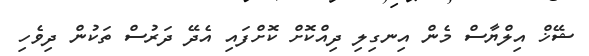
ޝޭޚް އިލްޔާސް މެން އިނގިލި ދިއްކޮށް ކޮށްފައި އެދޭ ދަރުސް ތަކުން ދިވެހި